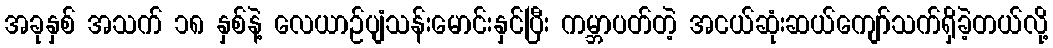
အခုနှစ် အသက် ၁၈ နှစ်နဲ့ လေယာဉ်ပျံသန်းမောင်းနှင်ပြီး ကမ္ဘာပတ်တဲ့ အငယ်ဆုံးဆယ်ကျော်သက်ရှိခဲ့တယ်လို့